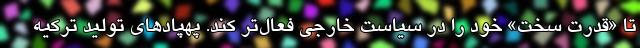
تا «قدرت سخت» خود را در سیاست خارجی فعال‌تر کند. پهپادهای تولید ترکیه